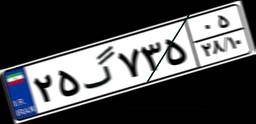
۲۵گ۷۳۵۰۵